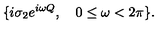
\{ i \sigma _ { 2 } e ^ { i \omega Q } , \quad 0 \le \omega < 2 \pi \} .